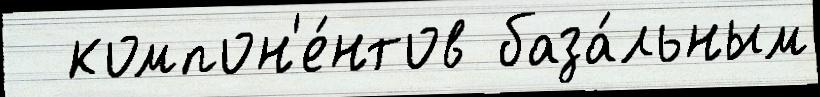
  компон'е́нтов база́льным